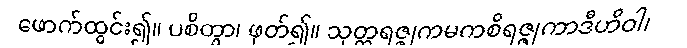
ဖောက်ထွင်း၍။ ပစိတွာ၊ ဖုတ်၍။ သုတ္တရဇ္ဇုကမကစိရဇ္ဇုကာဒီဟိဝါ၊